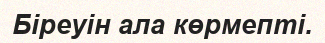
Біреуін ала көрмепті.